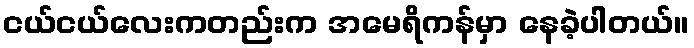
ငယ်ငယ်လေးကတည်းက အမေရိကန်မှာ နေခဲ့ပါတယ်။